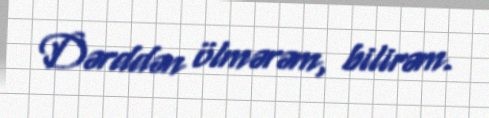
Dərddən ölmərəm, bilirəm.